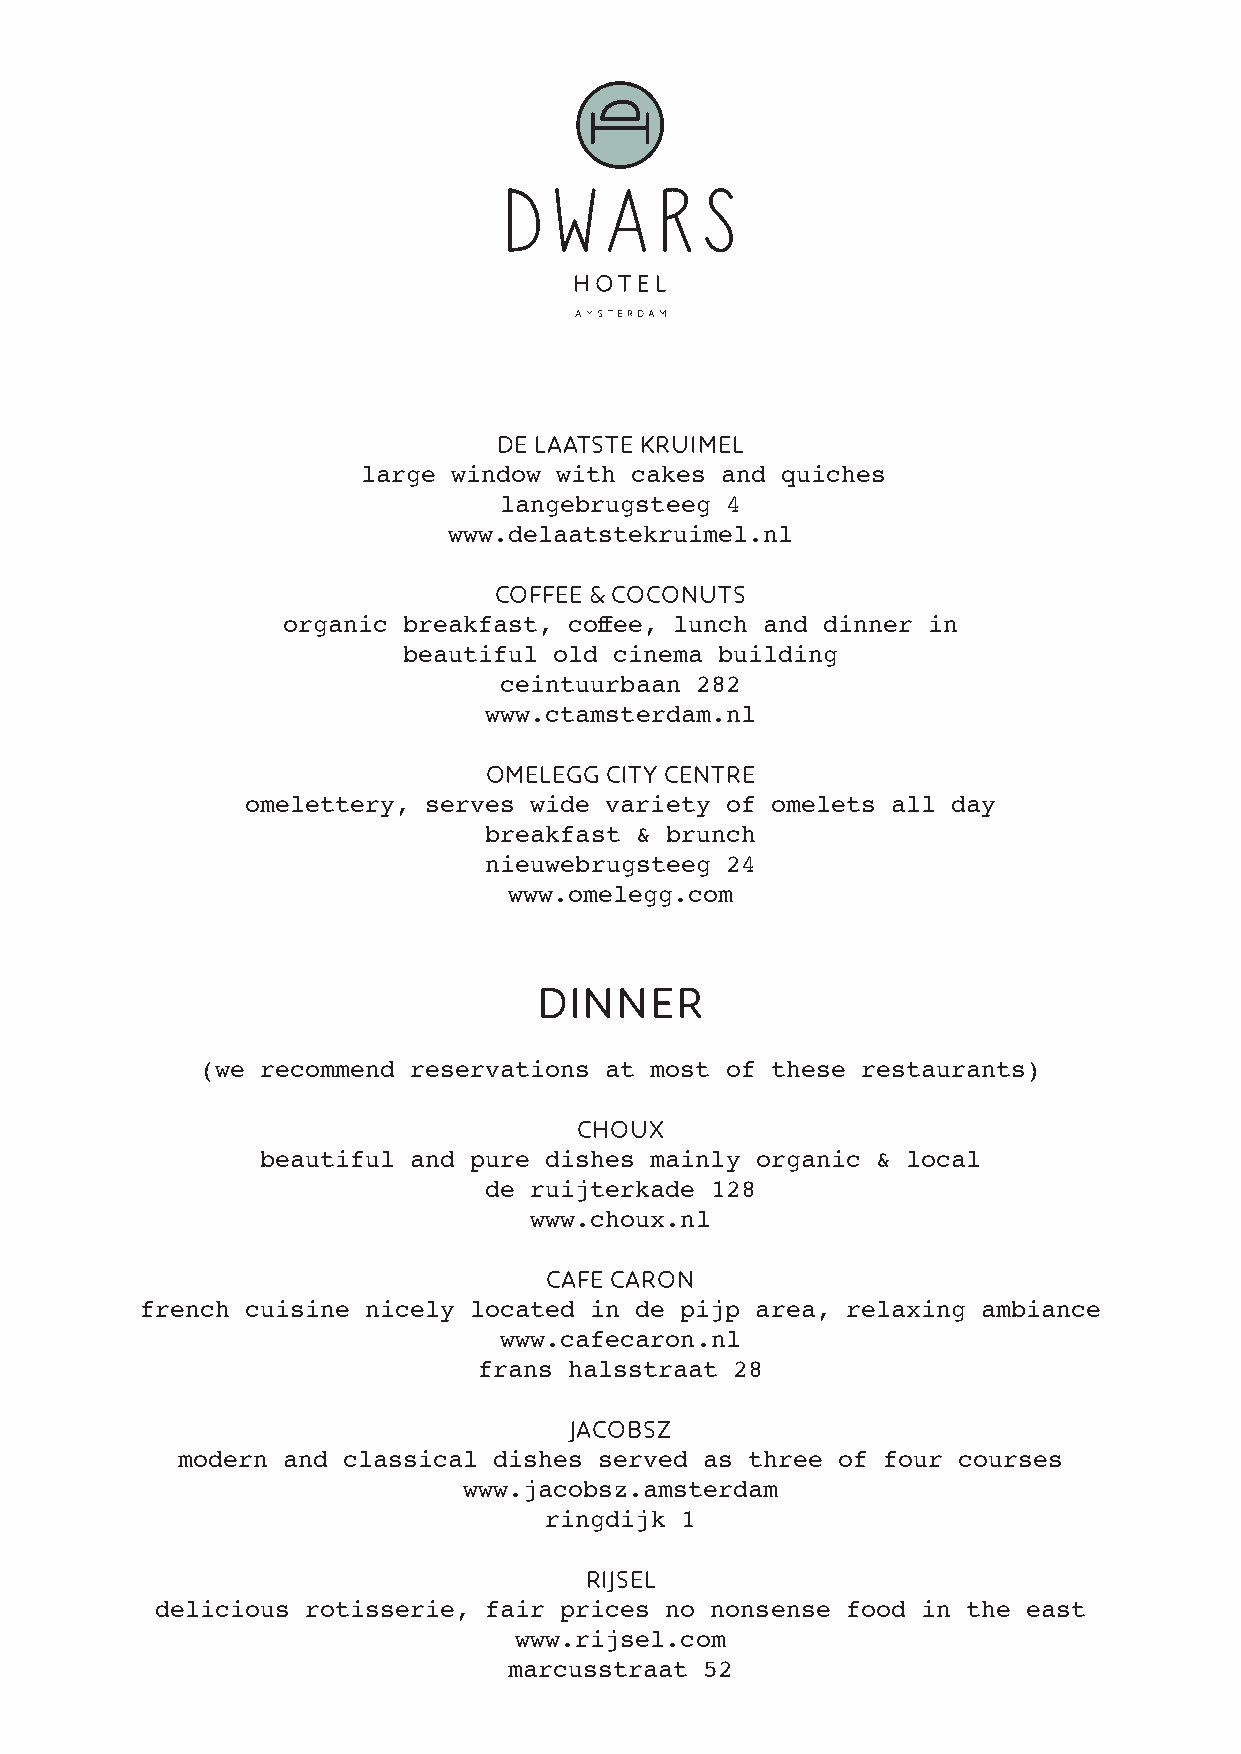
de laatste kruimel
 large window with cakes and quiches
 langebrugsteeg 4
 www.delaatstekruimel.nl
 coffee & coconuts
 organic breakfast, coffee, lunch and dinner in
 beautiful old cinema building
 ceintuurbaan 282
 www.ctamsterdam.nl
 omelegg city centre
 omelettery, serves wide variety of omelets all day
 breakfast & brunch
 nieuwebrugsteeg 24
 www.omelegg.com
 dinner
 (we recommend reservations at most of these restaurants)
 choux
 beautiful and pure dishes mainly organic & local
 de ruijterkade 128
 www.choux.nl
 cafe caron
 french cuisine nicely located in de pijp area, relaxing ambiance
 www.cafecaron.nl
 frans halsstraat 28
 jacobsz
 modern and classical dishes served as three of four courses
 www.jacobsz.amsterdam
 ringdijk 1
 rijsel
 delicious rotisserie, fair prices no nonsense food in the east
 www.rijsel.com
 marcusstraat 52